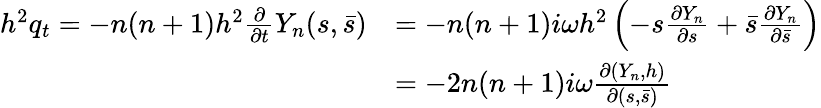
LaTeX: \begin{array}{rl}{h^{2}q_{t}=-n(n+1)h^{2}\frac{\partial}{\partial t}Y_{n}(s,\bar{s})}&{=-n(n+1)i\omega h^{2}\left(-s\frac{\partial Y_{n}}{\partial s}+\bar{s}\frac{\partial Y_{n}}{\partial\bar{s}}\right)}\\ &{=-2n(n+1)i\omega\frac{\partial(Y_{n},h)}{\partial(s,\bar{s})}}\end{array}